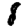
Digit: 8